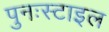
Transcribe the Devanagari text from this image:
पुनःस्टाइल